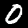
Digit: 0